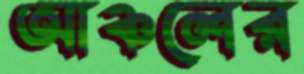
আঞ্চলের